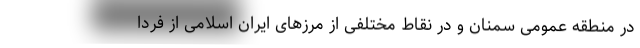
در منطقه عمومی سمنان و در نقاط مختلفی از مرزهای ایران اسلامی از فردا